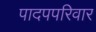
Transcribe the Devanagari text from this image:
पादपपरिवार